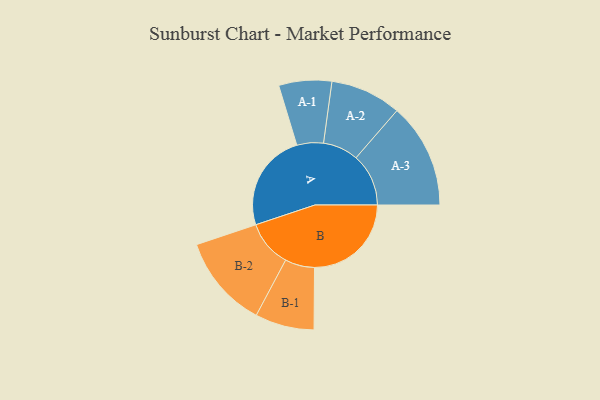
{"axis": {"x": "Segment", "y": "Value"}, "legend": ["", "A", "B"], "data": [{"x": "A", "y": 478, "type": ""}, {"x": "B", "y": 472, "type": ""}, {"x": "A-1", "y": 129, "type": "A"}, {"x": "A-2", "y": 173, "type": "A"}, {"x": "A-3", "y": 256, "type": "A"}, {"x": "B-1", "y": 144, "type": "B"}, {"x": "B-2", "y": 227, "type": "B"}]}